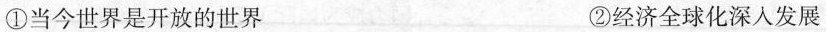
①当今世界是开放的世界 ②经济全球化深入发展